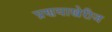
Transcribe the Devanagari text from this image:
प्रणयाखेरीज